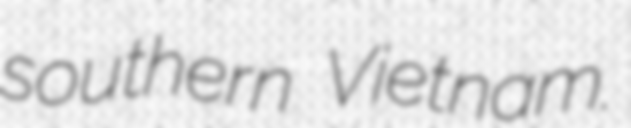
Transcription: southern Vietnam.